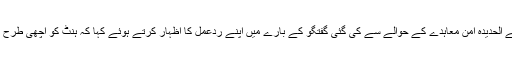
انقلاب کمیٹی یمن کے سربراہ محمد علی الحوثی نے کل رات برطانوی وزیر خارجہ جیرمی ہنٹ کی جانب سے الحدیدہ امن معاہدے کے حوالے سے کی گئی گفتگو کے بارے میں اپنے ردعمل کا اظہار کرتے ہوئے کہا کہ ہنٹ کو اچھی طرح معلوم ہونا چاہیئے کہ ہماری عوام جانتی ہے کہ برطانیہ یمن پر ہونے والی جارحیت میں برابر کا شریک ہے۔